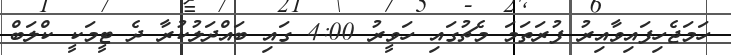
ހަމަޖެހިފައިވާއިރު ފުރަތަމަ މެޗުގައި ހަވީރު 4:00 ގައި ބައްދަލުކުރާ ދެ ޓީމަކީ ކްލަބް